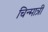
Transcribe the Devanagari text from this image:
चिन्मात्री